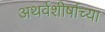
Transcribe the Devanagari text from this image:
अथर्वशीर्षाच्या